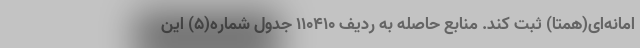
امانه‌ای(همتا) ثبت کند. منابع حاصله به ردیف ۱۱۰۴۱۰ جدول شماره(۵) این